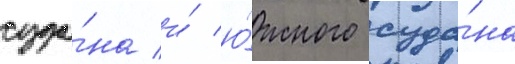
суда́на и́ ю́жного суда́на